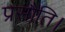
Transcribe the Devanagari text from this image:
प्रसौति।